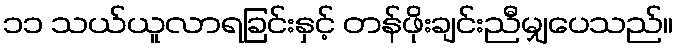
၁၁ သယ်ယူလာရခြင်းနှင့် တန်ဖိုးချင်းညီမျှပေသည်။